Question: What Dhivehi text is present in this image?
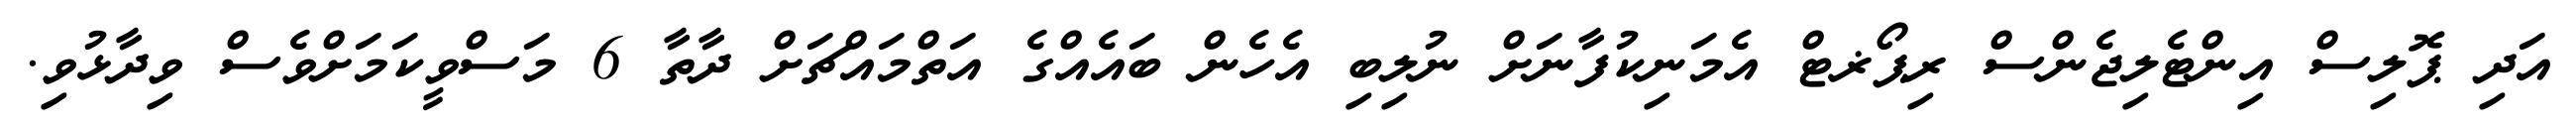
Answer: އަދި ޕޮލިސް އިންޓެލިޖެންސް ރިޕޯޜޓް އެމަނިކުފާނަށް ނުލިބި އެހެން ބައެއްގެ އަތްމައްޗަށް ދާތާ 6 މަސްވީކަމަށްވެސް ވިދާޅުވި.